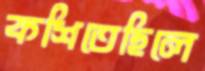
কশিতেছিলে